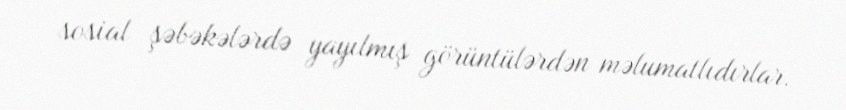
sosial şəbəkələrdə yayılmış görüntülərdən məlumatlıdırlar.